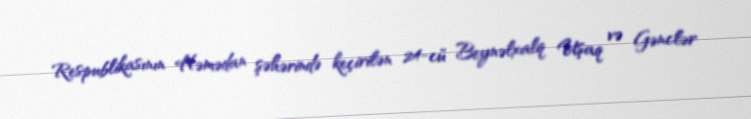
Respublikasının Həmədan şəhərində keçirilən 24-cü Beynəlxalq Uşaq və Gənclər